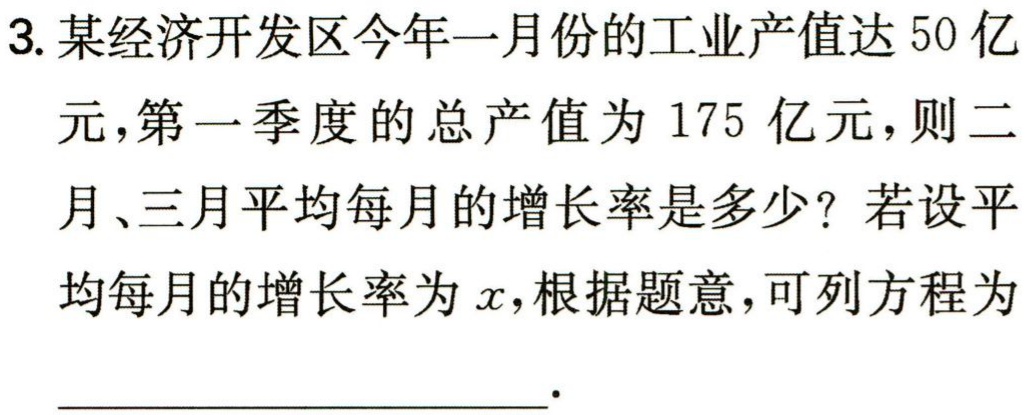
3. 某经济开发区今年一月份的工业产值达$50$亿元，第一季度的总产值为$175$亿元，则二月、三月平均每月的增长率是多少？若设平均每月的增长率为$x$，根据题意，可列方程为____________________.